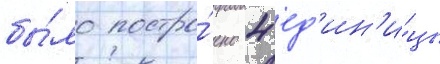
бы́ло постро́ено 4 ед'ин'и́цы